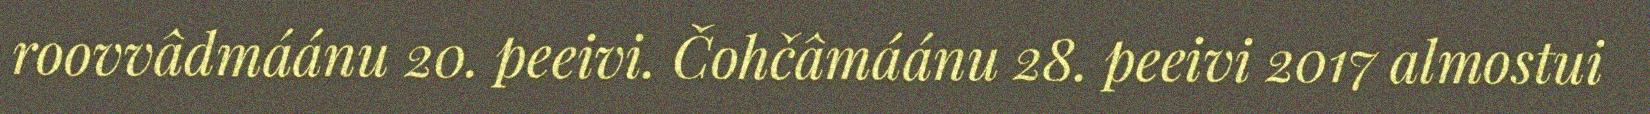
roovvâdmáánu 20. peeivi. Čohčâmáánu 28. peeivi 2017 almostui